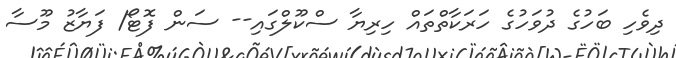
ދިވެހި ބަހުގެ ދުވަހުގެ ހަރަކާތްތައް ހިރިޔާ ސްކޫލްގައި-- ސަން ފޮޓޯ/ ފަޔާޒު މޫސާ